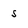
Character: s